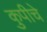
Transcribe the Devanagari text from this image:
कुपीचे